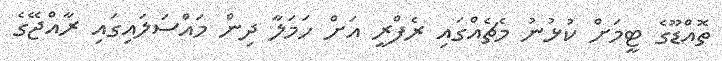
ތޮއްޑޫގެ ޓީމަށް ކުޅުނު މެޗެއްގައި ރެފްރީ އަށް ހަމަލާ ދިން މައްސަލައިގައި ރާއްޖޭގެ